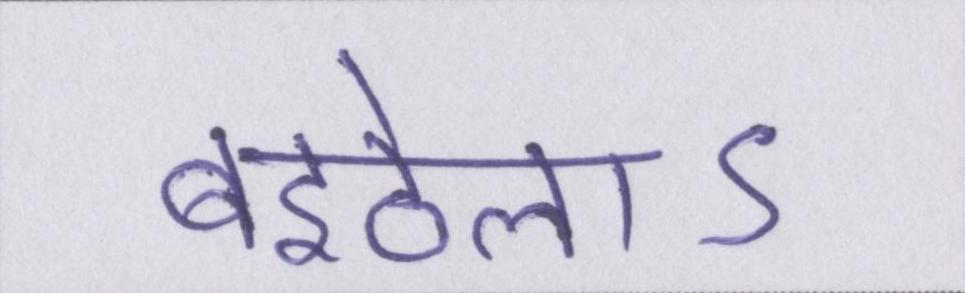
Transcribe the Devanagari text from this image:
बइठेलाऽ